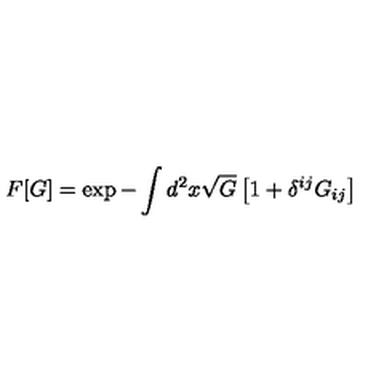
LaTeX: F [ G ] = \exp - \int d ^ { 2 } x \sqrt G \left[ 1 + \delta ^ { i j } G _ { i j } \right]